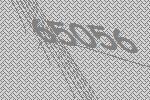
65056